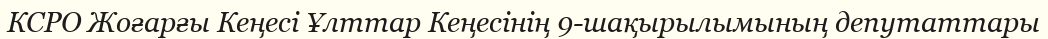
КСРО Жоғарғы Кеңесі Ұлттар Кеңесінің 9-шақырылымының депутаттары